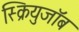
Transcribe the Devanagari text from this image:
स्क्रियुजॉब